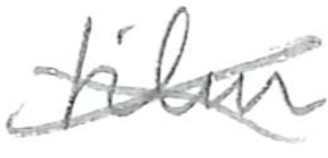
Text: film
Cross-out: cross
Writing tool: pencil